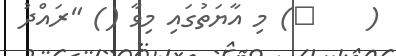
(    ٥) މި އާޔަތުގައި މިވާ () "ރައްދު